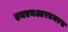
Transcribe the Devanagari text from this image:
एनएनआरएमएस